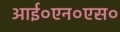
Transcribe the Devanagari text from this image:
आई०एन०एस०